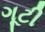
ગૂટી